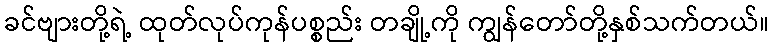
ခင်ဗျားတို့ရဲ့ ထုတ်လုပ်ကုန်ပစ္စည်း တချို့ကို ကျွန်တော်တို့နှစ်သက်တယ်။